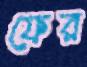
ফের